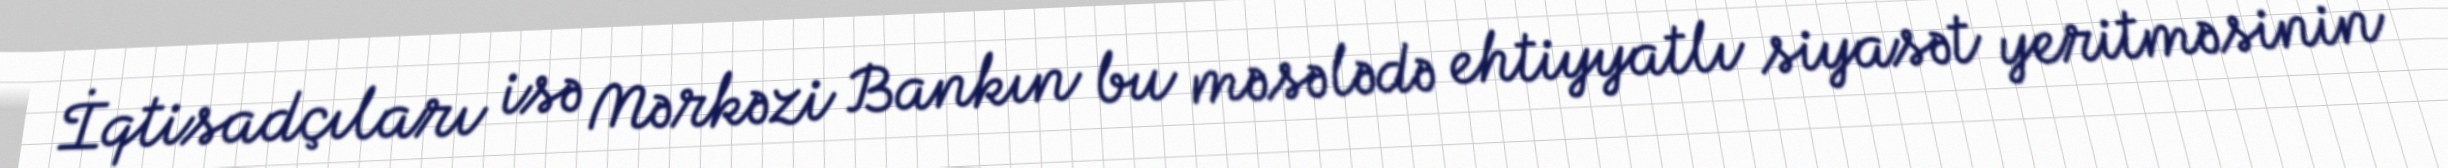
İqtisadçıları isə Mərkəzi Bankın bu məsələdə ehtiyyatlı siyasət yeritməsinin